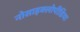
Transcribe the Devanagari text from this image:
नोसाइक्लोपीडिया